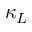
\kappa _ { L }